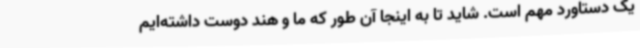
یک دستاورد مهم است. شاید تا به اینجا آن طور که ما و هند دوست داشته‌ایم